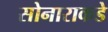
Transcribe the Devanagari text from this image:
सोनाराकडे